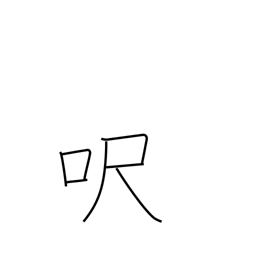
Meaning: foot